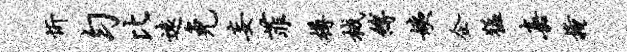
忻匀比远免妄菲樽械缚姨企猛嘉掩